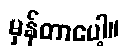
မှန်တာပေါ့။